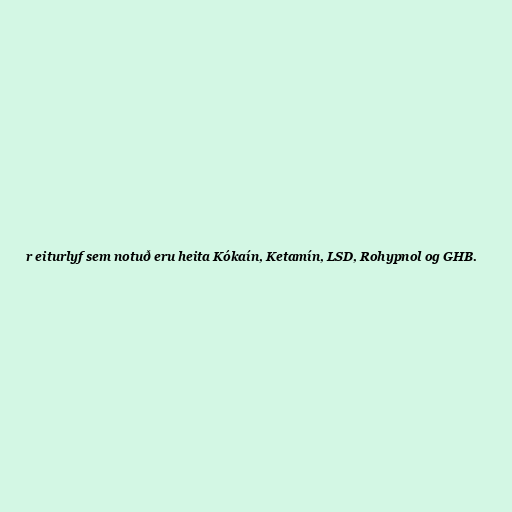
r eiturlyf sem notuð eru heita Kókaín, Ketamín, LSD, Rohypnol og GHB.